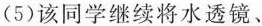
(5)该同学继续将水透镜、